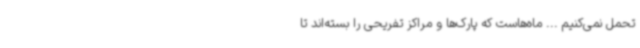
تحمل نمی‌کنیم ... ماه‌هاست که پارک‌ها و مراکز تفریحی را بسته‌اند تا